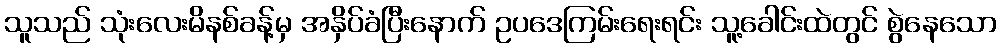
သူသည် သုံးလေးမိနစ်ခန့်မှ အနှိပ်ခံပြီးနောက် ဥပဒေကြမ်းရေးရင်း သူ့ခေါင်းထဲတွင် စွဲနေသော